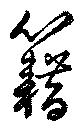
籍